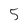
Character: 5